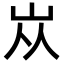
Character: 𡵝